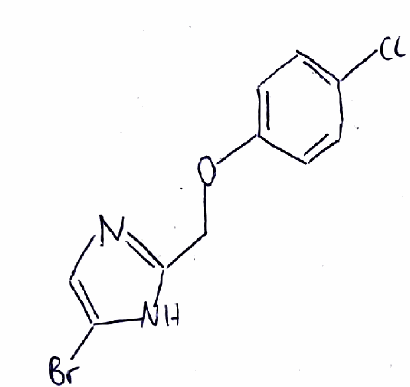
Simplified molecular-input line-entry system (SMILES) notation of the given molecule:
C1=CC(=CC=C1OCC2=NC=C(N2)Br)Cl